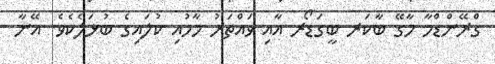
ގްރޭންޑްމާ މާގޭ ބާކަރ ބީގަޑޯރ އާއި ވައްތަރު މާމުއި ކުލައިގެ ބުޅަލެކެވެ. އޭނާ